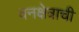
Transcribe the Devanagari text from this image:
वनक्षेत्राची